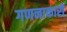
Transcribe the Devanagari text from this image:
गणनाकारों